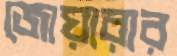
জোয়ারার